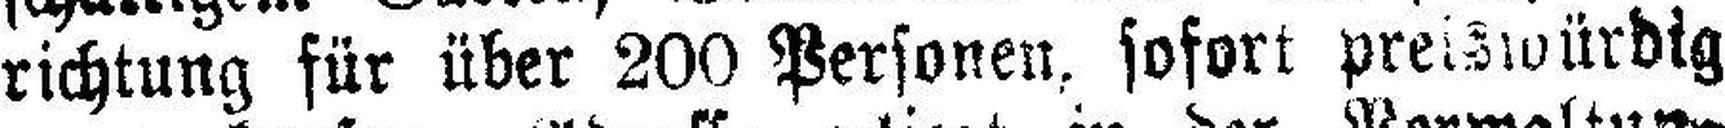
richtung für über 200 Personen, sofort preiswürdig